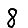
Digit: 8